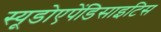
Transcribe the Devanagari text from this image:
स्यूडोएपेंडिसाइटिस